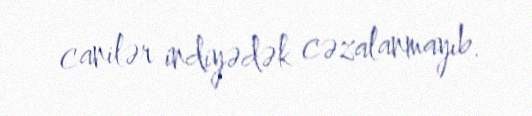
canilər indiyədək cəzalanmayıb.